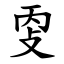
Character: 㪅